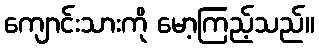
ကျောင်းသားကို မော့ကြည့်သည်။